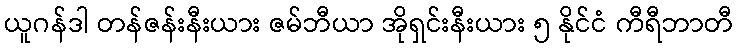
ယူဂန်ဒါ တန်ဇန်းနီးယား ဇမ်ဘီယာ အိုရှင်းနီးယား ၅ နိုင်ငံ ကီရီဘာတီ